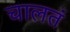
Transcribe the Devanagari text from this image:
चालतं